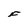
Character: F